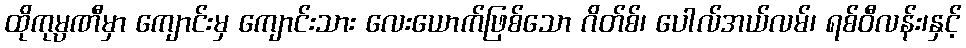
ထိုကုမ္ပဏီမှာ ကျောင်းမှ ကျောင်းသား လေးယောက်ဖြစ်သော ဂိတ်စ်၊ ပေါလ်အယ်လမ်၊ ရစ်ဝီလန်း၊နှင့်